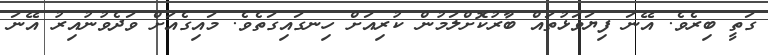
ގަތީ ބިރެވެ. އޭނަ ފިޔަވަޅުތައް ބާރުކޮށްލަމުން ކުރިއަށް ހިނގައިގަތެވެ. މައިގެއަށް ވަދެވުނުއިރު އޭނަ